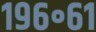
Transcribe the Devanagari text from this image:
१९६॰६१